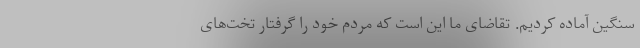
سنگین آماده کردیم. تقاضای ما این است که مردم خود را گرفتار تخت‌های